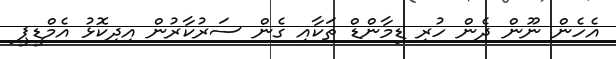
އެހެން ނޫން ދެން ހުރި ޑިމާންޑް ތަކާއި ގެން ސަރުކާރުން އިދިކޮޅު އެމްޑީޕީ